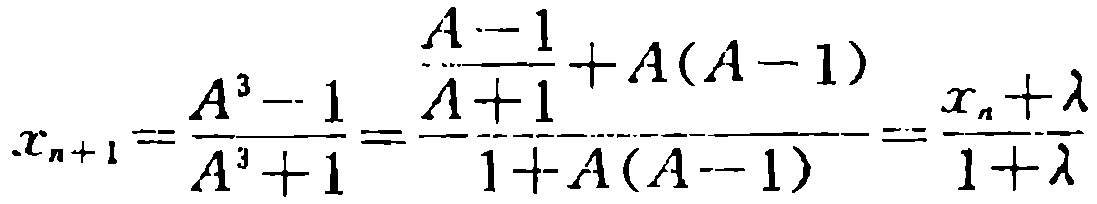
\[x_{n + 1} = \frac{A^{3} - 1}{A^{3} + 1} = \frac{\frac{A - 1}{A + 1} + A(A - 1)}{1 + A(A - 1)} = \frac{x_{n}+\lambda}{1+\lambda}\]